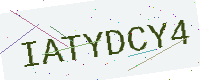
Text: IATYDCY4